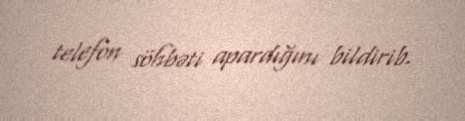
telefon söhbəti apardığını bildirib.